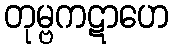
တုမ္ဗကဋာဟေ